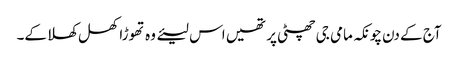
آج کے دن چونکہ مامی جی چھٹی پر تھیں اس لیئے وہ تھوڑا کھل کھلا کے۔